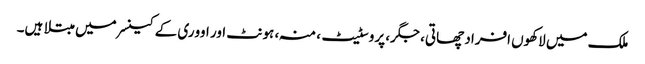
ملک میں لاکھوں افراد چھاتی، جگر، پروسٹیٹ، منہ، ہونٹ اور اووری کے کینسر میں مبتلا ہیں۔